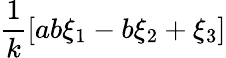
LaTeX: \frac{1}{k}[ab\xi_{1}-b\xi_{2}+\xi_{3}]